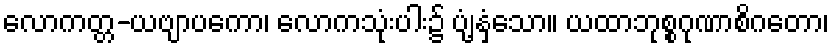
လောကတ္တ-ယဗျာပကော၊ လောကသုံးပါး၌ ပျံ့နှံ့သော။ ယထာဘုစ္စဂုဏာစိဂတော၊